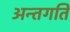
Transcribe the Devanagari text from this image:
अन्तगति